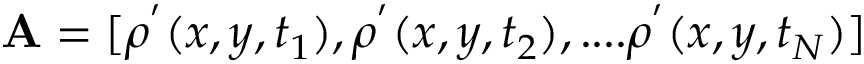
\mathbf { A } = [ \rho ^ { ' } ( x , y , t _ { 1 } ) , \rho ^ { ' } ( x , y , t _ { 2 } ) , . . . . \rho ^ { ' } ( x , y , t _ { N } ) ]